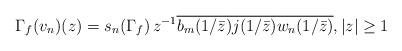
LaTeX: \begin{align*}\Gamma_f(v_n)(z)=s_n(\Gamma_f)\,z^{-1}\overline{b_m(1/\bar z)}\overline{j(1/\bar z)}\overline{w_n(1/\bar z)},|z|\geq 1\end{align*}